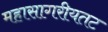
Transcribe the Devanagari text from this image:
महासागरीयतट